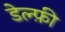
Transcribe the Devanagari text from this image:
डेल्फ़ी